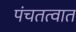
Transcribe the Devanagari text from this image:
पंचतत्वात